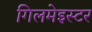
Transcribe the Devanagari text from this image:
गिलमेइस्टर